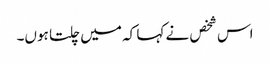
اس شخص نے کہا کہ میں چلتا ہوں۔